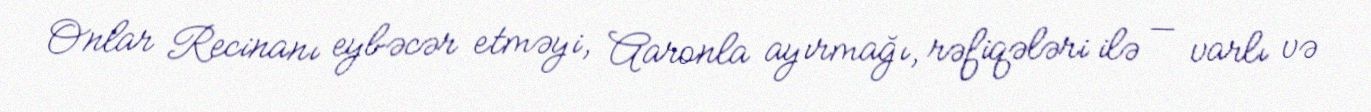
Onlar Recinanı eybəcər etməyi, Aaronla ayırmağı, rəfiqələri ilə — varlı və